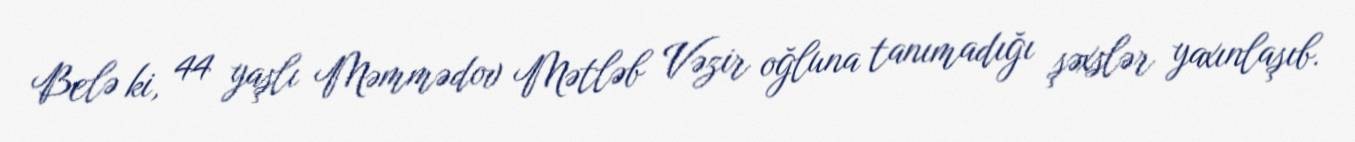
Belə ki, 44 yaşlı Məmmədov Mətləb Vəzir oğluna tanımadığı şəxslər yaxınlaşıb.